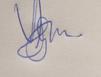
Signature authenticity: genuine